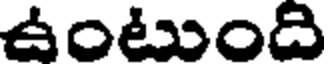
ఉంటుంది